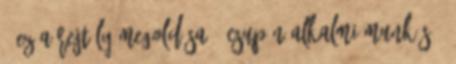
– ez a rejtély megoldása – csupán alkalmi munkás.”